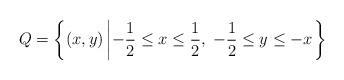
LaTeX: \begin{align*} Q=\left \{ (x,y) \left | -\frac{1}{2}\leq x \leq\frac{1}{2}, \;-\frac{1}{2}\leq y \leq -x \right . \right \} \;\end{align*}